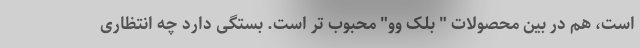
است، هم در بین محصولات " بلک وو" محبوب تر است. بستگی دارد چه انتظاری